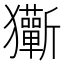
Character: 玂